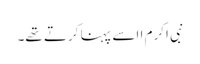
نبی اکرم ا اسے پہنا کرتے تھے۔